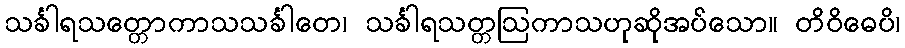
သင်္ခါရသတ္တောကာသသင်္ခါတေ၊ သင်္ခါရသတ္တဩကာသဟုဆိုအပ်သော။ တိဝိဓေပိ၊